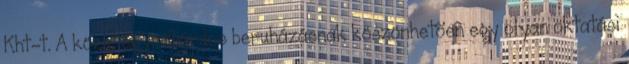
Kht-t. A közel egymilliárdos beruházásnak köszönhetõen egy olyan oktatási